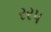
રરપ